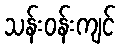
သန်းဝန်းကျင်